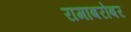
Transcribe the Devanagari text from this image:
रामाबरोबर